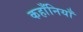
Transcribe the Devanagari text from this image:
कहाँनियाँ